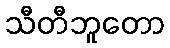
သီတီဘူတော